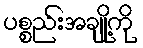
ပစ္စည်းအချို့ကို